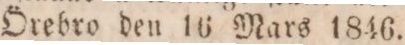
Örebro den 16 Mars 1846.